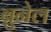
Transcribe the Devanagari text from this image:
ब्रुनेल